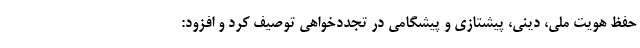
حفظ هویت ملی، دینی، پیشتازی و پیشگامی در تجددخواهی توصیف کرد و افزود: